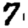
Digit: 7